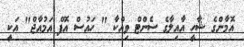
އޮމާންގެ ޝާހީ އާއިލާގެ ސެންޓް ވިއްކާ " ހައުސް އޮފް އަމުއާޖް" އަކީ